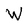
Character: W